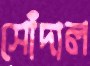
সোঁদাল